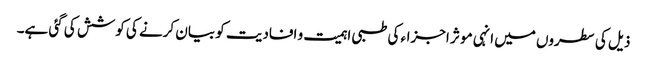
ذیل کی سطروں میں انہی مو ثر اجزاء کی طبی اہمیت و افادیت کو بیان کرنے کی کوشش کی گئی ہے۔